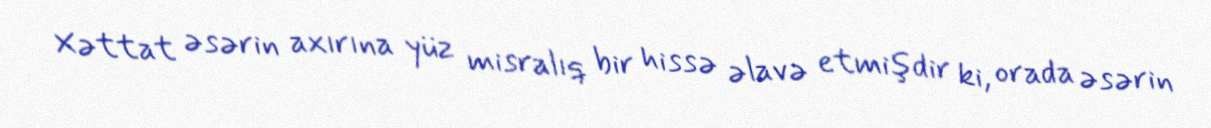
Xəttat əsərin axırına yüz misralıq bir hissə əlavə etmişdir ki, orada əsərin